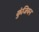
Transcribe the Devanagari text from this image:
कुंजियन